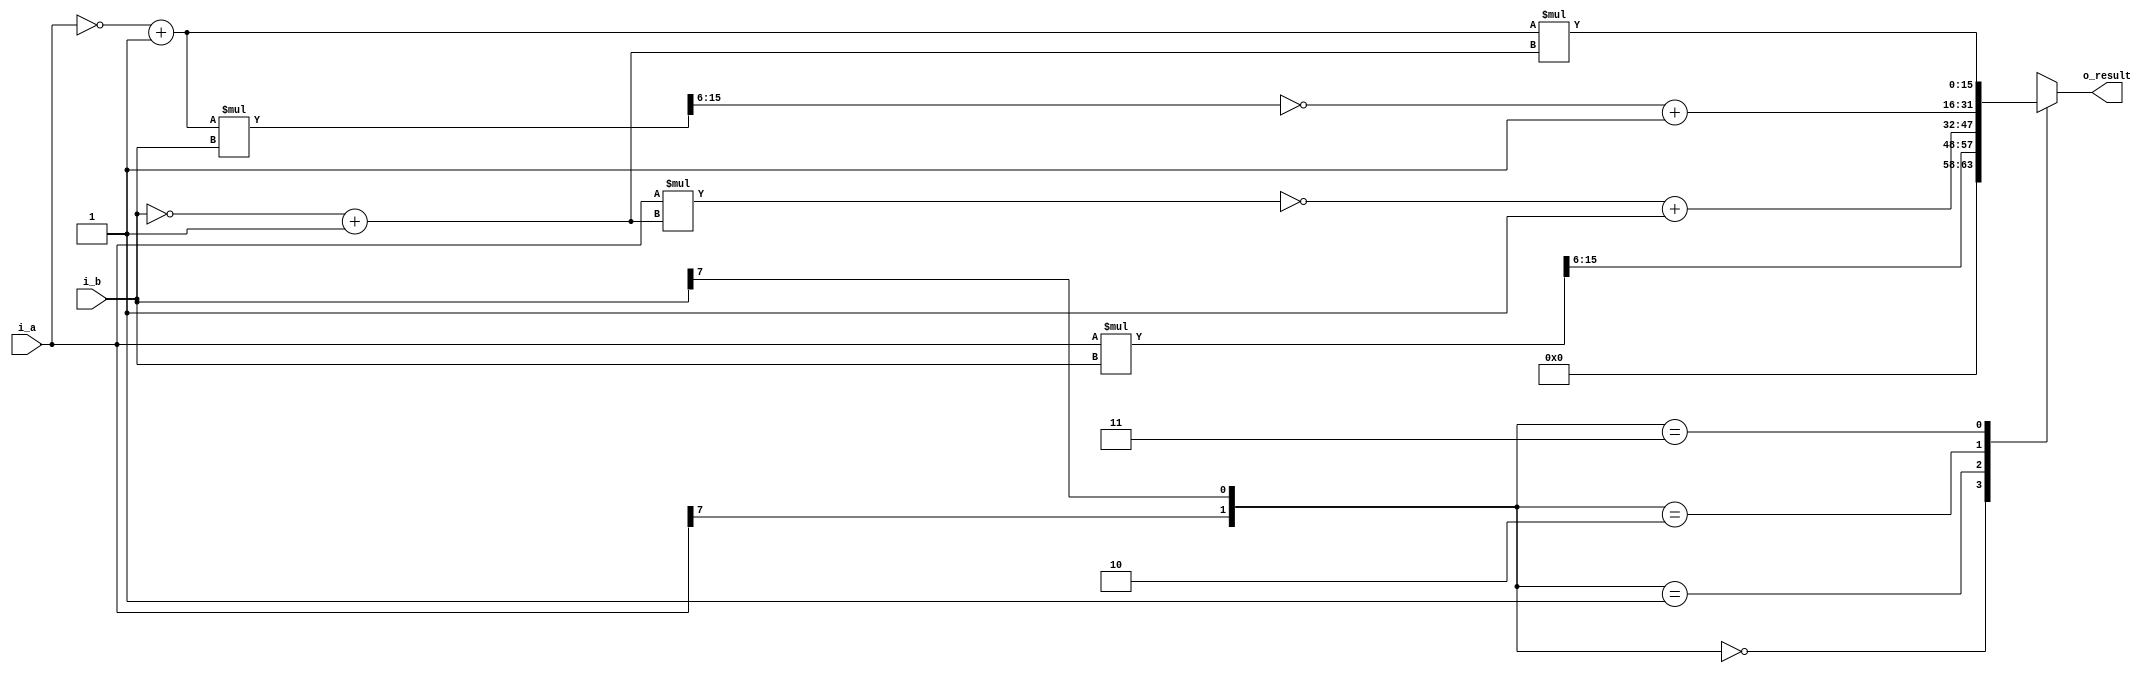
module Signed_Mult(
  input [7:0] i_a,
  input [7:0] i_b,
  output [15:0] o_result
  );
  
  reg [7:0] r_a_inc;
  reg [7:0] r_b_inc;
  reg [15:0] r_temp;
  reg [15:0] r_result;

  assign o_result = r_result;
 
  always @*
  begin
  	case ({i_a[7], i_b[7]})
  		
  		2'b00 :
  		begin
			r_temp = i_a * i_b;
			r_result = r_temp >> 6;
		end  
				  
  		2'b01 :
  		begin
  			r_b_inc = (~i_b) + 1;
			r_temp = i_a * r_b_inc;
			r_result = (~r_temp) + 1;
		end
				  
  		2'b10 :
  		begin
  		    r_a_inc = (~i_a) + 1;
			r_temp = r_a_inc * i_b;
			r_temp = r_temp >> 6;
			r_result = (~r_temp) + 1;
		end
				  
  		2'b11 :
  		begin
			r_a_inc = (~i_a) + 1;
  		    r_b_inc = (~i_b) + 1;
			r_result = r_a_inc * r_b_inc;
		end
  		
  		default :
  		begin
			r_result = i_a * i_b;
		end 

  	endcase
  end


endmodule